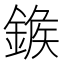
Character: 𨩀